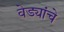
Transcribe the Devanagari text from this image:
वेड्यांचे